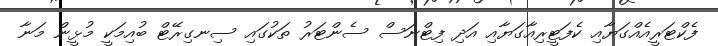
ފެކްޓަރީއެއްގަޔާއި ކެފަޓީރިއާގަޔާއި އަދި ފިޓްނަސް ސެންޓަރު ތަކުގައި ސިނގިރޭޓް ބުއިމަކީ މުޅީން މަނާ